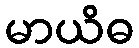
မာယိဓ